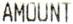
AMOUNT